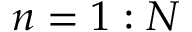
n = 1 : N